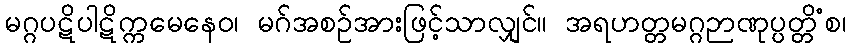
မဂ္ဂပဋိပါဋိက္ကမေနေဝ၊ မဂ်အစဉ်အားဖြင့်သာလျှင်။ အရဟတ္တမဂ္ဂဉာဏုပ္ပတ္တိံစ၊